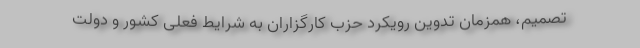
تصمیم، همزمان تدوین رویکرد حزب کارگزاران به شرایط فعلی کشور و دولت